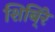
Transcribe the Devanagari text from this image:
शिबि्रे